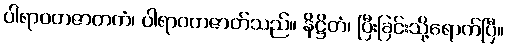
ပါရာဝတဇာတကံ၊ ပါရာဝတဇာတ်သည်။ နိဋ္ဌိတံ၊ ပြီးခြင်းသို့ရောက်ပြီ။